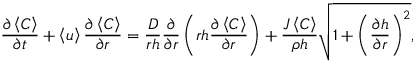
\frac { \partial \left\langle C \right\rangle } { \partial t } + \left\langle u \right\rangle \frac { \partial \left\langle C \right\rangle } { \partial r } = \frac { D } { r h } \frac { \partial } { \partial r } \left( r h \frac { \partial \left\langle C \right\rangle } { \partial r } \right) + \frac { J \left\langle C \right\rangle } { \rho h } \sqrt { 1 + \left( \frac { \partial h } { \partial r } \right) ^ { 2 } } ,